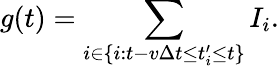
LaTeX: g(t)=\sum_{i\in\{ i:t-v\Delta t\leq t_{i}^{\prime}\leq t\} }I_{i}.